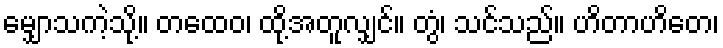
မျှောသကဲ့သို့။ တထေဝ၊ ထို့အတူလျှင်။ တွံ၊ သင်သည်။ ဟိတာဟိတေ၊